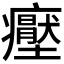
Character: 𭼶